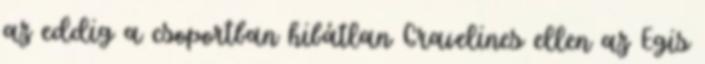
az eddig a csoportban hibátlan Gravelines ellen az Egis